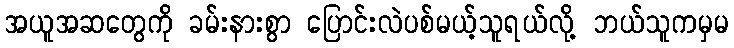
အယူအဆတွေကို ခမ်းနားစွာ ပြောင်းလဲပစ်မယ့်သူရယ်လို့ ဘယ်သူကမှမ